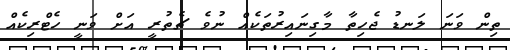
ތިން ވަނަ ލަނޑު ޖެހިތާ މާގިނައިރުތަކެއް ނުވެ ޗެތުރީ އަށް ވަނީ ހެޓްރިކެއް